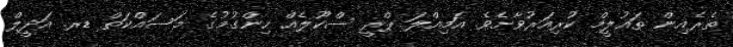
ތެރެެއިން ތައުލީމް ކުރިއަރުވާށެވެ. އަމިއްލަ ޕްރީ ސްކޫލެއް ހިންގުމުގެ މަސައްކަތް ޑރ. އަދީލް